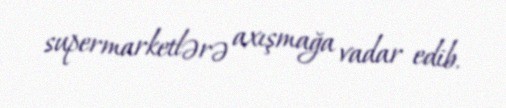
supermarketlərə axışmağa vadar edib.